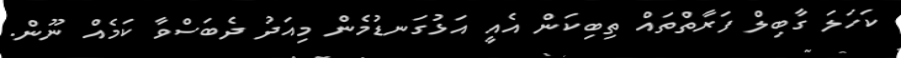
ކަހަލަ ގާބިލް ފަރާތްތައް ތިބިކަން އެއީ އަޅުގަނޑުމެން މިއަދު ދެބަސްވާ ކަމެއް ނޫން.